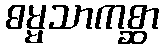
ဓမ္မသာကစ္ဆာ